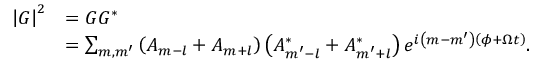
\begin{array} { r l } { \left\vert G \right\vert ^ { 2 } } & { = G G ^ { \ast } } \\ & { = \sum _ { m , m ^ { \prime } } \left( A _ { m - l } + A _ { m + l } \right) \left( A _ { m ^ { \prime } - l } ^ { \ast } + A _ { m ^ { \prime } + l } ^ { \ast } \right) e ^ { i \left( m - m ^ { \prime } \right) \left( \phi + \Omega t \right) } . } \end{array}